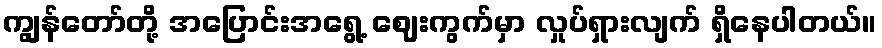
ကျွန်တော်တို့ အပြောင်းအရွေ့ ဈေးကွက်မှာ လှုပ်ရှားလျက် ရှိနေပါတယ်။